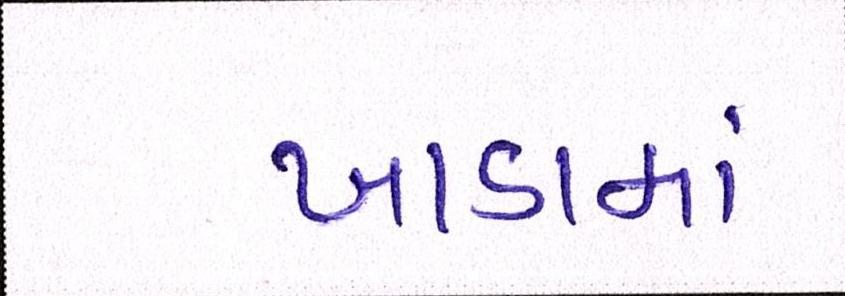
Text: ખાડામાં